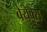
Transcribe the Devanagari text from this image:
बेयेक्स